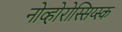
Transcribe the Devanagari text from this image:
नोव्होरोस्सिय्स्क